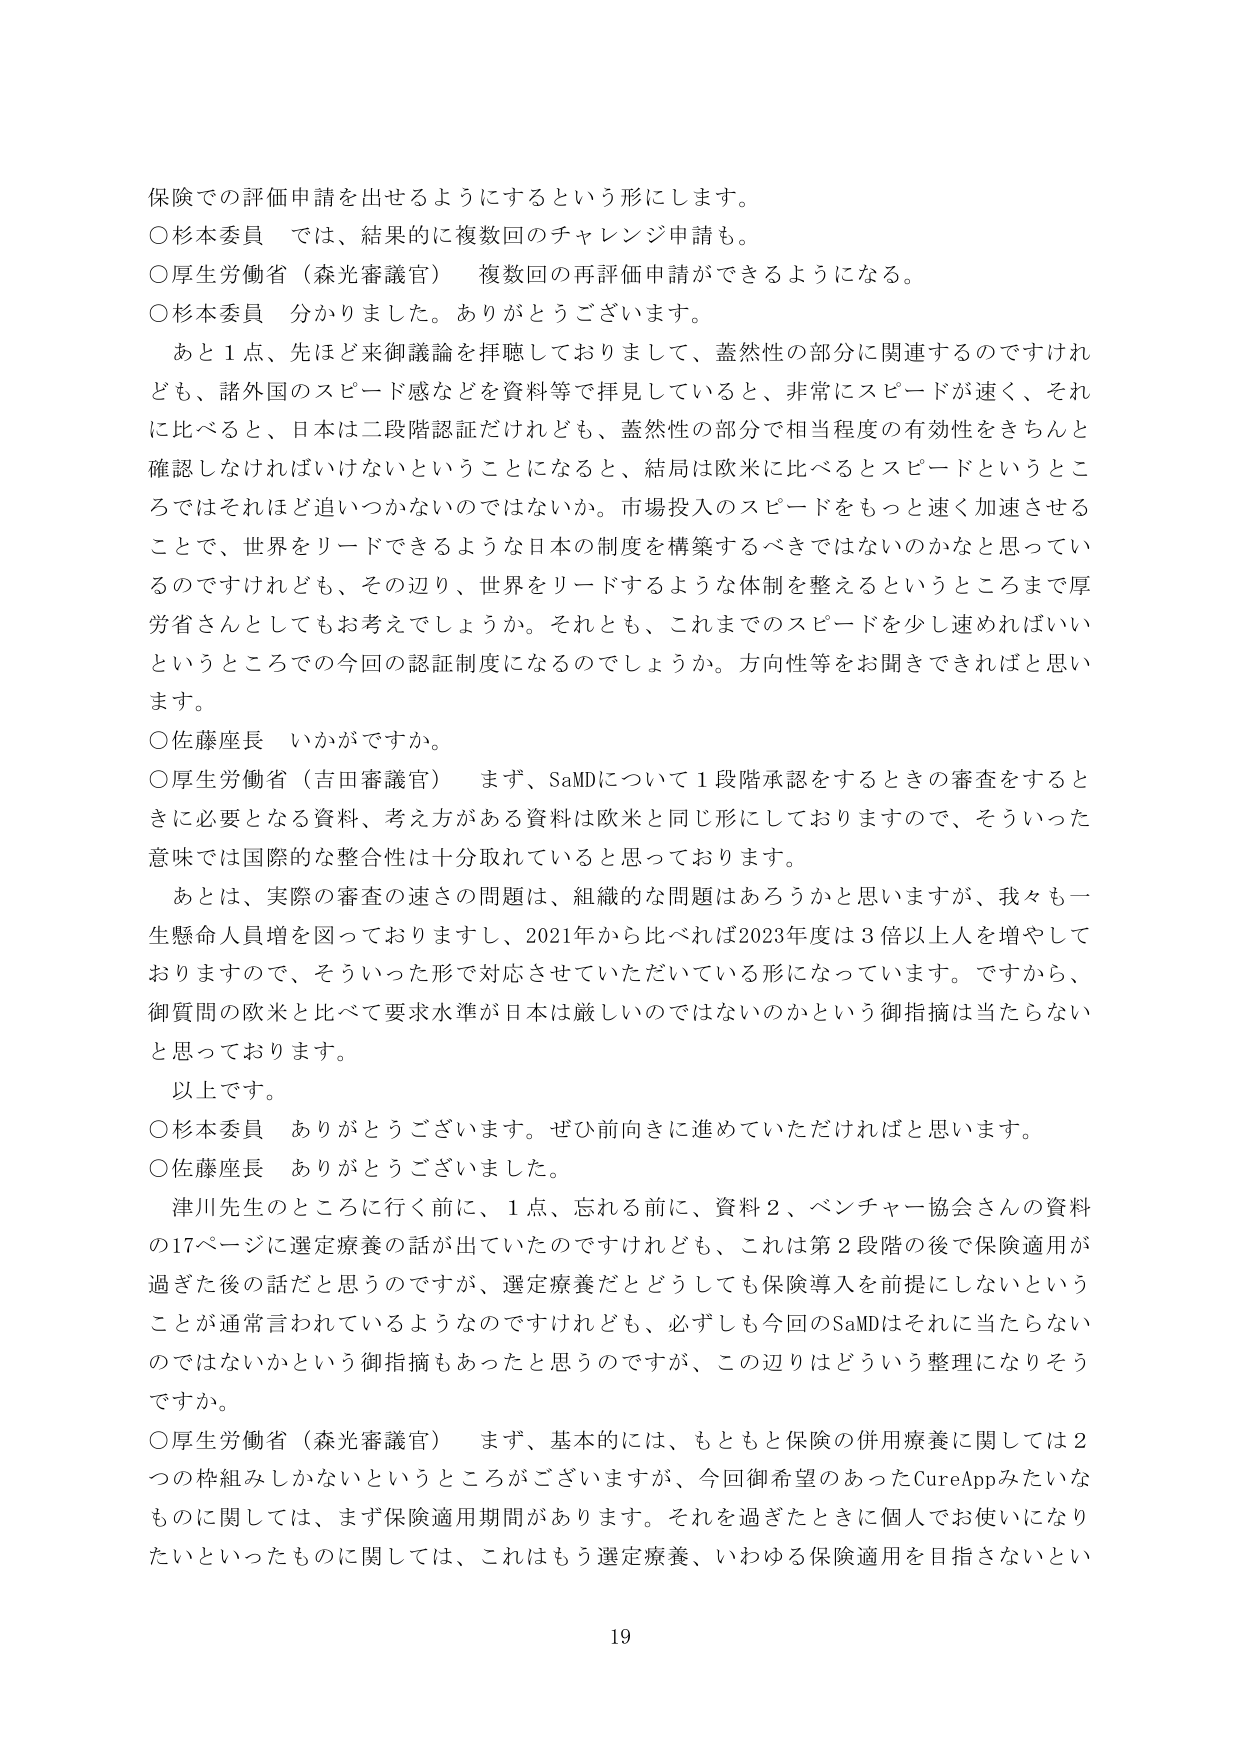
保険での評価申請を出せるようにするという形にします。
○杉本委員 では、結果的に複数回のチャレンジ申請も。
○厚生労働省（森光審議官） 複数回の再評価申請ができるようになる。
○杉本委員 分かりました。ありがとうございます。
　あと１点、先ほど来御議論を拝聴しておりまして、蓋然性の部分に関連するのですけれども、諸外国のスピード感などを資料等で拝見していると、非常にスピードが速く、それに比べると、日本は二段階認証だけれども、蓋然性の部分で相当程度の有効性をきちんと確認しなければいけないということになると、結局は欧米に比べるとスピードというところではそれほど追いつかないのではないか。市場投入のスピードをもっと速く加速させることで、世界をリードできるような日本の制度を構築するべきではないのかなと思っているのですけれども、その辺り、世界をリードするような体制を整えるというところまで厚労省さんとしてもお考えでしょうか。それとも、これまでのスピードを少し速めればいいというところでの今回の認証制度になるのでしょうか。方向性等をお聞きできればと思います。
○佐藤座長 いかがですか。
○厚生労働省（吉田審議官） まず、SaMDについて１段階承認をするときの審査をするときに必要となる資料、考え方がある資料は欧米と同じ形にしておりますので、そういった意味では国際的な整合性は十分取れていると思っております。
　あとは、実際の審査の速さの問題は、組織的な問題はあるかと思いますが、我々も一生懸命人員増を図っておりますし、2021年から比べれば2023年度は3倍以上人を増やしておりますので、そういった形で対応させていただいている形になっています。ですから、御質問の欧米と比べて要求水準が日本は厳しいのではないのかという御指摘は当たらないと思っております。
　以上です。
○杉本委員 ありがとうございます。ぜひ前向きに進めていただければと思います。
○佐藤座長 ありがとうございました。
　津川先生のところに行く前に、１点、忘れる前に、資料２、ベンチャー協会さんの資料の17ページに選定療養の話が出ていたのですけれども、これは第２段階の後で保険適用が過ぎた後の話だと思うのですが、選定療養だとどうしても保険導入を前提にしないということが通常言われているようなのですけれども、必ずしも今回のSaMDはそれに当たらないのではないかという御指摘もあったと思うのですが、この辺りはどういう整理になりそうですか。
○厚生労働省（森光審議官） まず、基本的には、もともと保険の併用療養に関しては２つの枠組みしかないというところがございますが、今回御希望のあったCureAppみたいなものに関しては、まず保険適用期間があります。それを過ぎたときに個人でお使いになりたいといったものに関しては、これはもう選定療養、いわゆる保険適用を目指さないとい
19